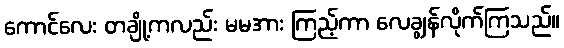
ကောင်လေး တချို့ကလည်း မမအား ကြည့်ကာ လေချွန်လိုက်ကြသည်။